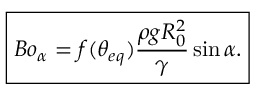
\boxed { B o _ { \alpha } = f ( \theta _ { e q } ) \frac { \rho g R _ { 0 } ^ { 2 } } { \gamma } \sin \alpha . }